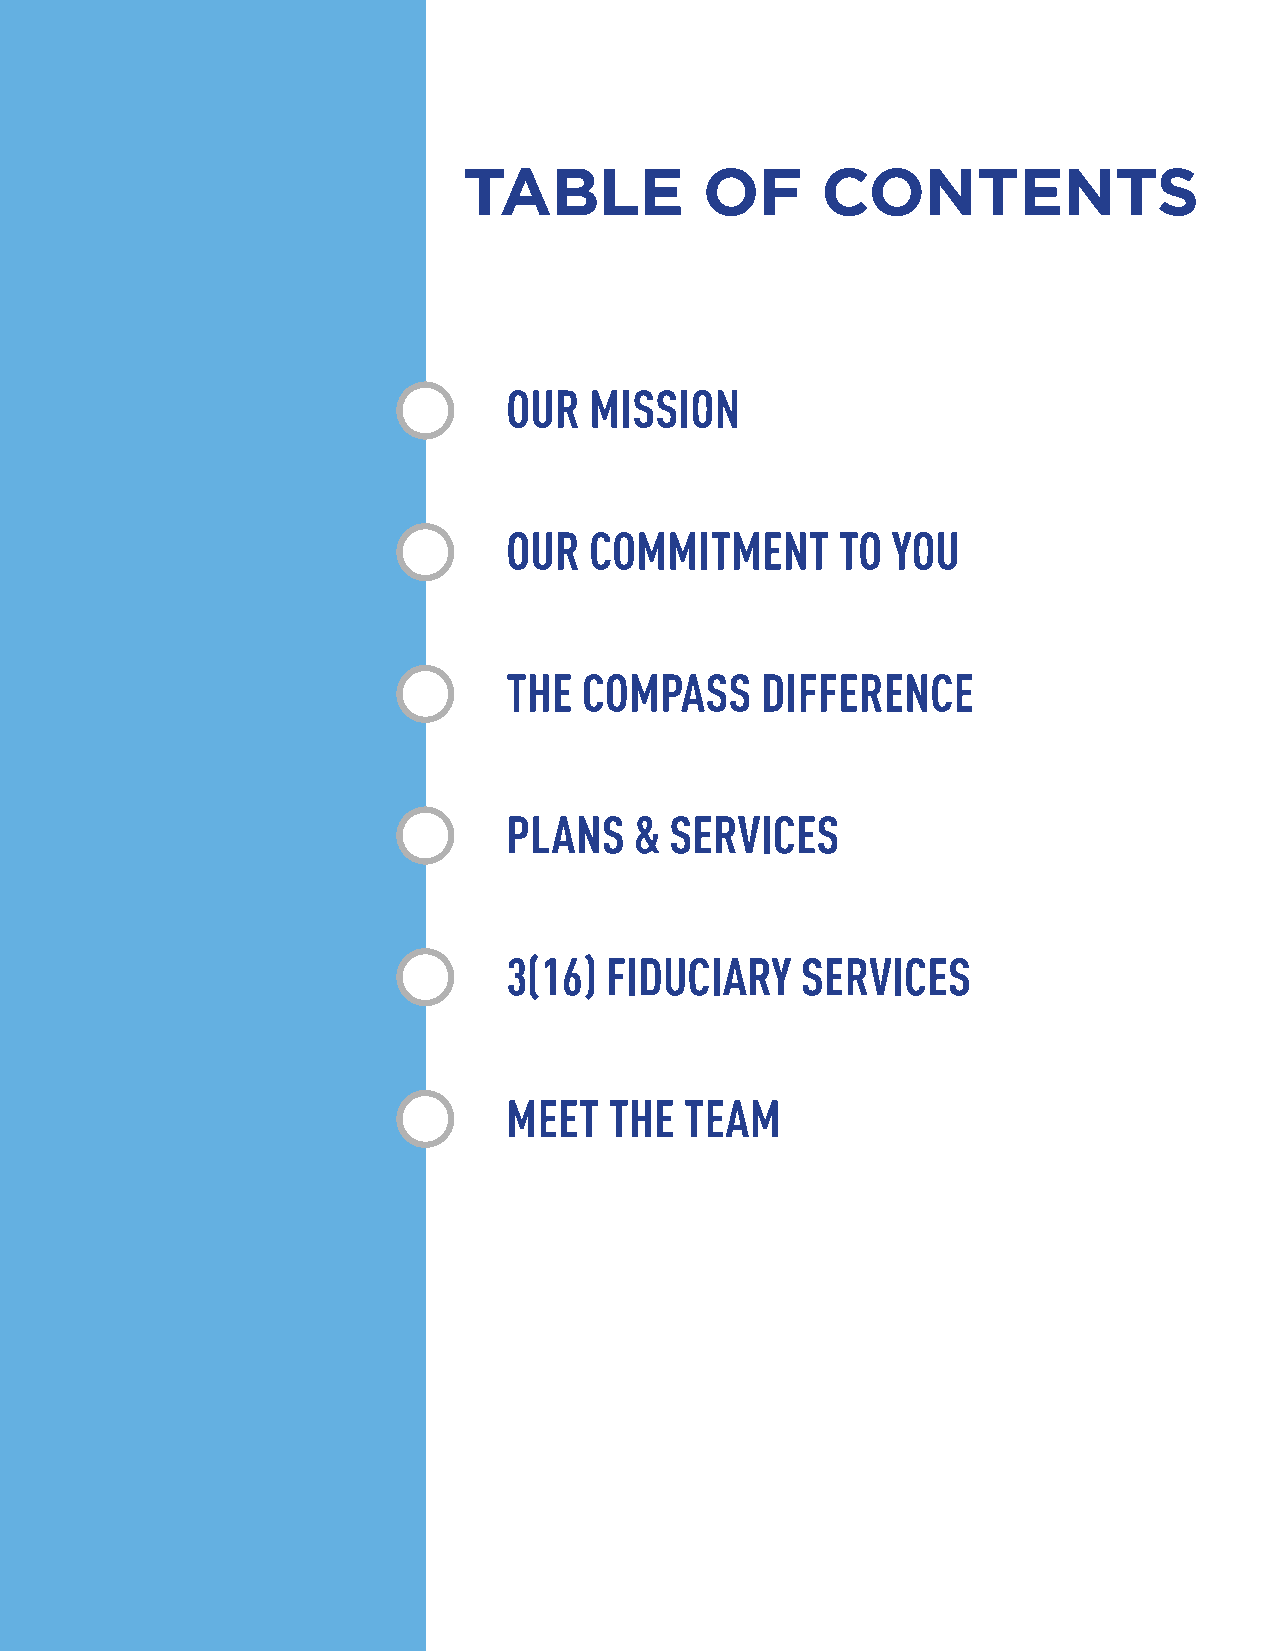
TABLE           OF     CONTENTS
 OUR  MISSION
 OUR  COMMITMENT       TO YOU
 THE  COMPASS    DIFFERENCE
 PLANS   & SERVICES
 3(16) FIDUCIARY    SERVICES
 MEET  THE  TEAM